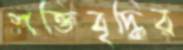
শক্তিবৃদ্ধির